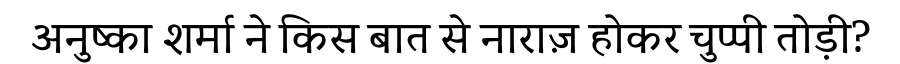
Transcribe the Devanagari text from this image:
अनुष्का शर्मा ने किस बात से नाराज़ होकर चुप्पी तोड़ी?